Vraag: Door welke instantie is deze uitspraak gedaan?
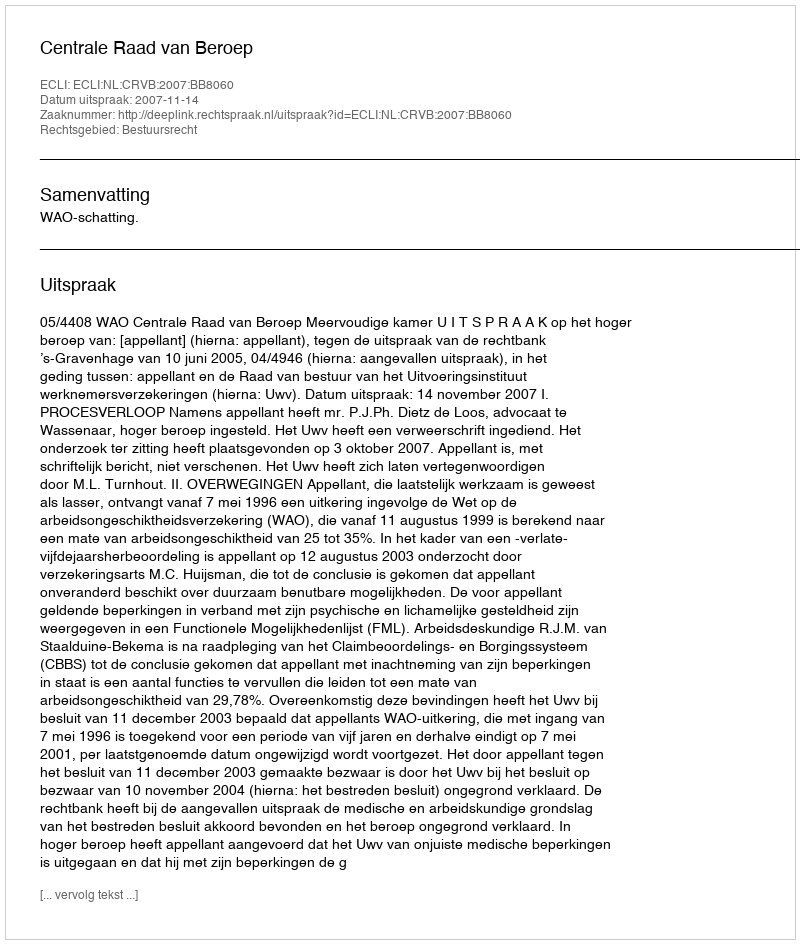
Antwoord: Centrale Raad van Beroep